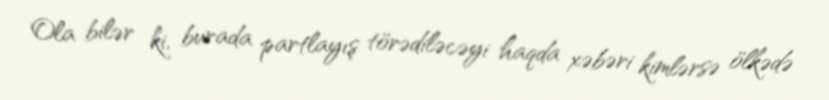
Ola bilər ki, burada partlayış törədiləcəyi haqda xəbəri kimlərsə ölkədə